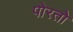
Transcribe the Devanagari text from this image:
पोरतो